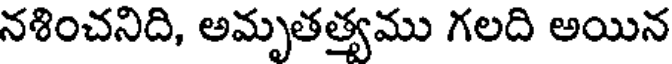
నశించనిది, అమృతత్యము గలది అయిన